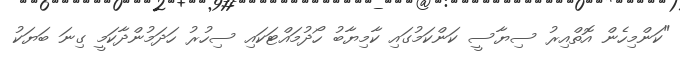
"ކަންމިހެން އޮތްއިރު ސިޔާސީ ކަންކަމުގައި ކާމިޔާބު ހޯދުމައްޓަކައި ސިހުރު ހަދަމުންދާކަމީ ގިނަ ބަޔަކު